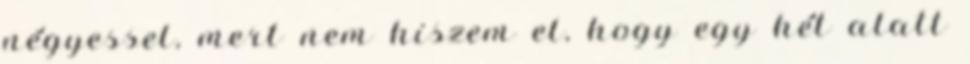
négyessel, mert nem hiszem el, hogy egy hét alatt